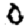
Digit: 0